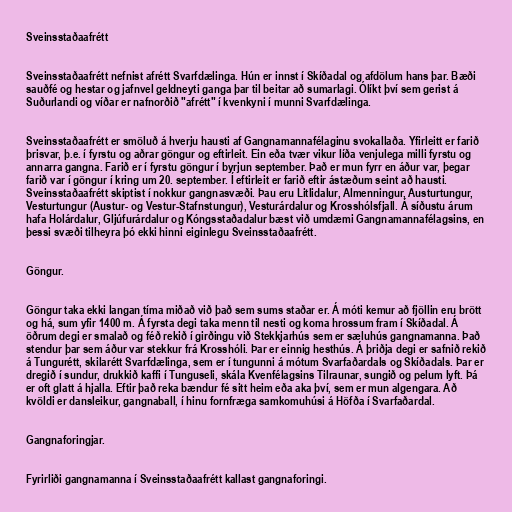
Sveinsstaðaafrétt

Sveinsstaðaafrétt nefnist afrétt Svarfdælinga. Hún er innst í Skíðadal og afdölum hans þar. Bæði
sauðfé og hestar og jafnvel geldneyti ganga þar til beitar að sumarlagi. Ólíkt því sem gerist á
Suðurlandi og víðar er nafnorðið "afrétt" í kvenkyni í munni Svarfdælinga.

Sveinsstaðaafrétt er smöluð á hverju hausti af Gangnamannafélaginu svokallaða. Yfirleitt er farið
þrisvar, þ.e. í fyrstu og aðrar göngur og eftirleit. Ein eða tvær vikur líða venjulega milli fyrstu og
annarra gangna. Farið er í fyrstu göngur í byrjun september. Það er mun fyrr en áður var, þegar
farið var í göngur í kring um 20. september. Í eftirleit er farið eftir ástæðum seint að hausti.
Sveinsstaðaafrétt skiptist í nokkur gangnasvæði. Þau eru Litlidalur, Almenningur, Austurtungur,
Vesturtungur (Austur- og Vestur-Stafnstungur), Vesturárdalur og Krosshólsfjall. Á síðustu árum
hafa Holárdalur, Gljúfurárdalur og Kóngsstaðadalur bæst við umdæmi Gangnamannafélagsins, en
þessi svæði tilheyra þó ekki hinni eiginlegu Sveinsstaðaafrétt.

Göngur.

Göngur taka ekki langan tíma miðað við það sem sums staðar er. Á móti kemur að fjöllin eru brött
og há, sum yfir 1400 m. Á fyrsta degi taka menn til nesti og koma hrossum fram í Skíðadal. Á
öðrum degi er smalað og féð rekið í girðingu við Stekkjarhús sem er sæluhús gangnamanna. Það
stendur þar sem áður var stekkur frá Krosshóli. Þar er einnig hesthús. Á þriðja degi er safnið rekið
á Tungurétt, skilarétt Svarfdælinga, sem er í tungunni á mótum Svarfaðardals og Skíðadals. Þar er
dregið í sundur, drukkið kaffi í Tunguseli, skála Kvenfélagsins Tilraunar, sungið og pelum lyft. Þá
er oft glatt á hjalla. Eftir það reka bændur fé sitt heim eða aka því, sem er mun algengara. Að
kvöldi er dansleikur, gangnaball, í hinu fornfræga samkomuhúsi á Höfða í Svarfaðardal.

Gangnaforingjar.

Fyrirliði gangnamanna í Sveinsstaðaafrétt kallast gangnaforingi.